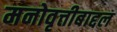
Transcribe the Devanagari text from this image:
मनोवृत्तीबाद्दल